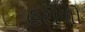
હરોળો